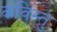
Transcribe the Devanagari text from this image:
कविस्तु